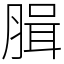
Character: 䐕